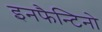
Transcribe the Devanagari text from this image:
इनफैन्टिनो